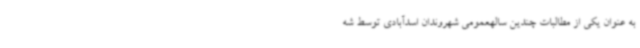
به عنوان یکی از مطالبات چندین سالهعمومی شهروندان اسدآبادی توسط شه